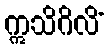
ဣသိဂိလိံ